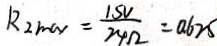
R _ { 2 m a 1 } = \frac { 1 . 5 V } { 2 4 \Omega } = 0 . 6 2 5